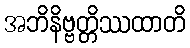
အဘိနိဗ္ဗတ္တိဿထာတိ